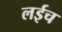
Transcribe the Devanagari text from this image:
लईच